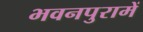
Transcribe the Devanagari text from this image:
भवनपुरामें